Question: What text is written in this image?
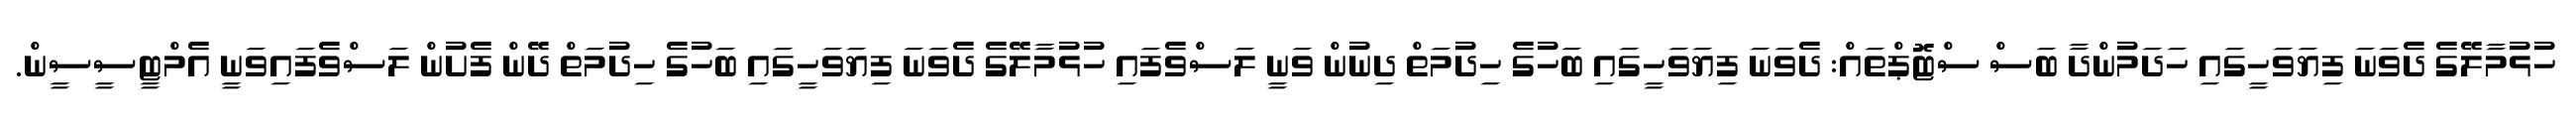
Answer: ހުޅުމާލޭގެ ދެވަނަ ފިޔަވަހީގައި ހަދަމުންދާ ބަސް ސްޓޮޕްތައް: ދެވަނަ ފިޔަވަހީގައި ބަހުގެ ހިދުމަތް ދިނުން ވަނީ ލަސްވެފައި ހުޅުމާލޭގެ ދެވަނަ ފިޔަވަހީގައި ބަހުގެ ހިދުމަތް ދޭން ފެށުން ލަސްވެފައިވަނީ އެމްޓީސީސީން.